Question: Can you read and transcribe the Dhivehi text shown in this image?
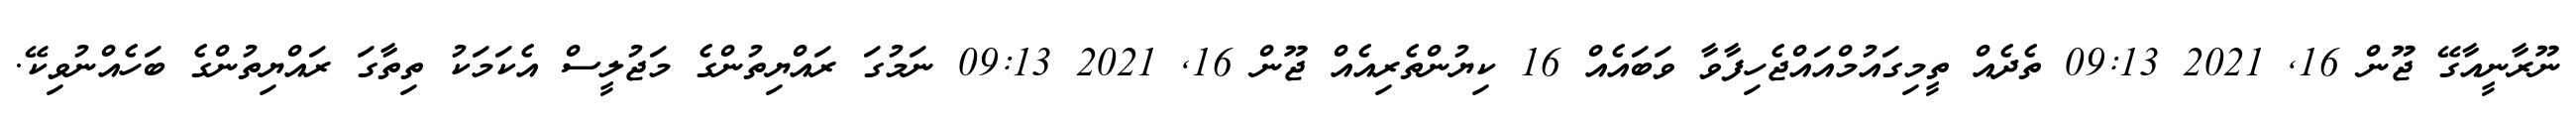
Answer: ނޫރާނީއާގޭ ޖޫން 16, 2021 09:13 ތެދެއް ތީމިގައުމްއައްޖެހިފާވާ ވަބައެއް 16 ކިޔުންތެރިއެއް ޖޫން 16, 2021 09:13 ނަމުގަ ރައްޔިތުންގެ މަޖުލީސް އެކަމަކު ތިތާގަ ރައްޔިތުންގެ ބަހެއްނުވިކޭ.